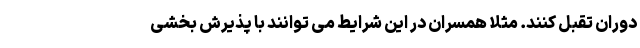
دوران تقبل کنند. مثلا همسران در این شرایط می توانند با پذیرش بخشی